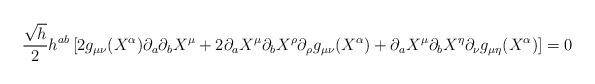
LaTeX: \begin{align*} \frac{\sqrt{h}}{2}h^{ab}\left[ 2g_{\mu\nu}(X^\alpha)\partial_a\partial_bX^\mu+2\partial_aX^\mu\partial_bX^\rho\partial_\rho g_{\mu\nu}(X^\alpha)+\partial_aX^\mu\partial_bX^\eta\partial_\nu g_{\mu\eta}(X^\alpha)\right]=0\end{align*}